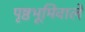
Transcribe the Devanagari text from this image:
पृष्ठभूमिवाले